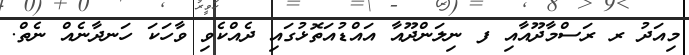
މިއަދު ރ ރަސްމާދޫއާއި ފ ނިލަންދޫއާ އައްޑުއަތޮޅުގައި ދެއްކެވި ވާހަކަ ހަނދާނެއް ނެތް.